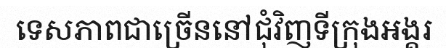
ទេសភាពជាច្រើននៅជុំវិញទីក្រុងអង្គរ